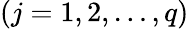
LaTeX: (j=1,2,\ldots,q)